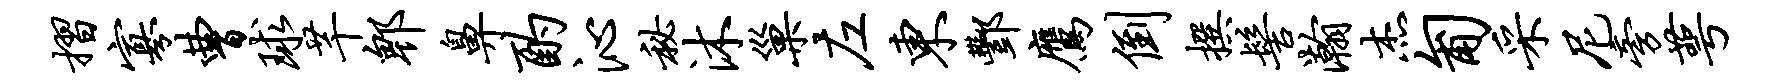
摺寡曹球芊郫鼻酌沁秘沐巢左东酆鹰倒撰髻瀚杰匍采尼旁萼